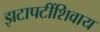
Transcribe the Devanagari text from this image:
झटापटींशिवाय